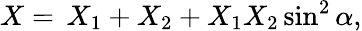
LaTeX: X=\, X_{1}+X_{2}+X_{1}X_{2}\sin^{2}\alpha,